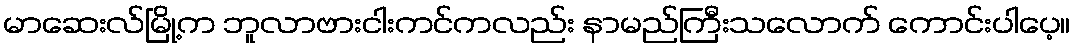
မာဆေးလ်မြို့က ဘူလာဗားငါးကင်ကလည်း နာမည်ကြီးသလောက် ကောင်းပါပေ့။